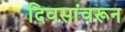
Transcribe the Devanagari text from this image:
दिवसांवरून